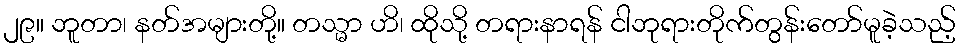
၂၉။ ဘူတာ၊ နတ်အများတို့။ တသ္မာ ဟိ၊ ထိုသို့ တရားနာရန် ငါဘုရားတိုက်တွန်းတော်မူခဲ့သည့်